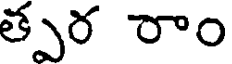
త్పర రాం